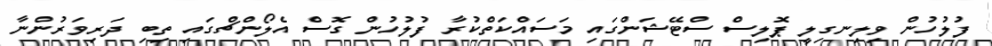
ފުލުހުން ވިލިނގިލީ ޕޮލިސް ސްޓޭޝަންގައި މަސައްކަތްކުރާ ފުލުހުން ގޮސް އެލޯންޗްގައި ތިބި ދަރިވަރުންނާ